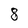
Character: 8